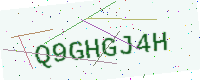
Text: Q9GHGJ4H